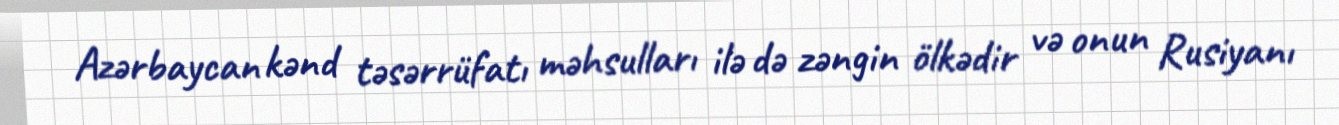
Azərbaycan kənd təsərrüfatı məhsulları ilə də zəngin ölkədir və onun Rusiyanı